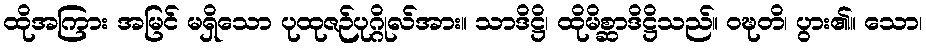
ထိုအကြား အမြင် မရှိသော ပုထုဇဉ်ပုဂ္ဂိုလ်အား။ သာဒိဋ္ဌိ၊ ထိုမိစ္ဆာဒိဋ္ဌိသည်။ ဝဍ္ဎတိ၊ ပွား၏။ သော၊